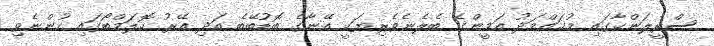
ސްރީލަންކާގައި މުޙައްމަދު އަމީންގެ ބެލެނެވެރިޔަކީ އޭނާގެ ބޮޑުބޭބެ އަދި އޭރު ކޮލަމްބޯގައި ހުންނެވި